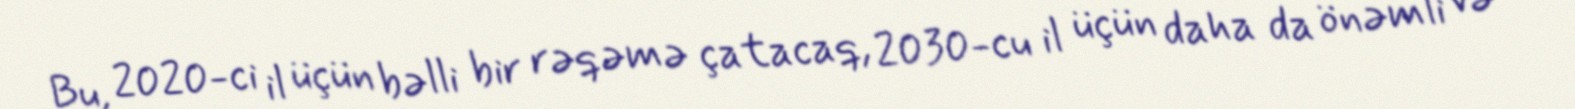
Bu, 2020-ci il üçün bəlli bir rəqəmə çatacaq, 2030-cu il üçün daha da önəmli və